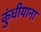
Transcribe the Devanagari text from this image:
कुंधीयाना